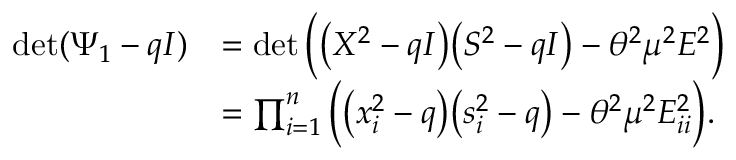
\begin{array} { r l } { \operatorname* { d e t } ( \Psi _ { 1 } - q I ) } & { = \operatorname* { d e t } \Big ( \big ( X ^ { 2 } - q I \big ) \big ( S ^ { 2 } - q I \big ) - \theta ^ { 2 } \mu ^ { 2 } E ^ { 2 } \Big ) } \\ & { = \prod _ { i = 1 } ^ { n } \Big ( \big ( x _ { i } ^ { 2 } - q \big ) \big ( s _ { i } ^ { 2 } - q \big ) - \theta ^ { 2 } \mu ^ { 2 } E _ { i i } ^ { 2 } \Big ) . } \end{array}